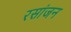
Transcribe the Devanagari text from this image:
रसांजन